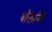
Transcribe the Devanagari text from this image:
बोलांनी